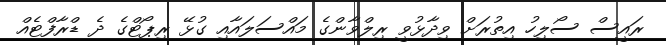
ރައީސް ސޯލިހު އިތުރަށް ވިދާޅުވީ ރިލްވާންގެ މައްސަލައާއި ގުޅޭ ރިޕޯޓްގެ ދެ ޑްރާފްޓެއް